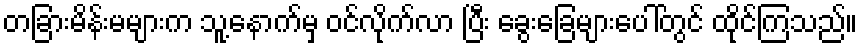
တခြားမိန်းမများက သူ့နောက်မှ ဝင်လိုက်လာ ပြီး ခွေးခြေများပေါ်တွင် ထိုင်ကြသည်။